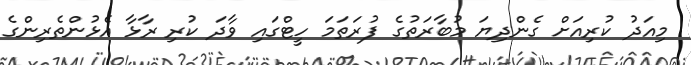
މިއަދު ކުރިއަށް ގެންދިޔަ މުބާރަތުގެ ފުރަތަމަ ހީޓްގައި ވާދަ ކުރި ރާޅާ އެޅުންތެރިންގެ